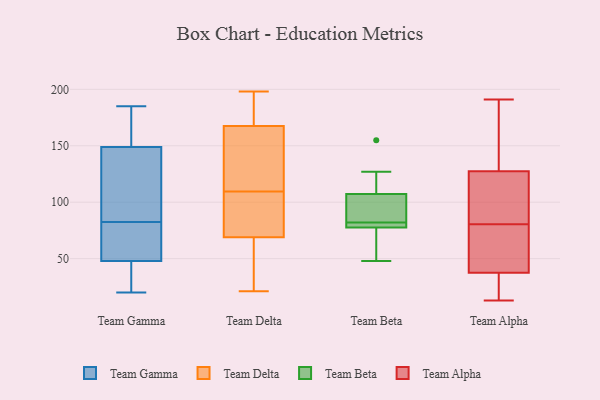
{"axis": {"x": "Gross Profit (USD K)", "y": "Value"}, "legend": ["Team Alpha", "Team Beta", "Team Delta", "Team Gamma"], "data": [{"x": "", "y": 86, "type": "Team Gamma"}, {"x": "", "y": 185, "type": "Team Gamma"}, {"x": "", "y": 53, "type": "Team Gamma"}, {"x": "", "y": 90, "type": "Team Gamma"}, {"x": "", "y": 25, "type": "Team Gamma"}, {"x": "", "y": 56, "type": "Team Gamma"}, {"x": "", "y": 152, "type": "Team Gamma"}, {"x": "", "y": 146, "type": "Team Gamma"}, {"x": "", "y": 79, "type": "Team Gamma"}, {"x": "", "y": 157, "type": "Team Gamma"}, {"x": "", "y": 20, "type": "Team Gamma"}, {"x": "", "y": 43, "type": "Team Gamma"}, {"x": "", "y": 56, "type": "Team Delta"}, {"x": "", "y": 94, "type": "Team Delta"}, {"x": "", "y": 54, "type": "Team Delta"}, {"x": "", "y": 82, "type": "Team Delta"}, {"x": "", "y": 145, "type": "Team Delta"}, {"x": "", "y": 171, "type": "Team Delta"}, {"x": "", "y": 42, "type": "Team Delta"}, {"x": "", "y": 94, "type": "Team Delta"}, {"x": "", "y": 102, "type": "Team Delta"}, {"x": "", "y": 187, "type": "Team Delta"}, {"x": "", "y": 21, "type": "Team Delta"}, {"x": "", "y": 165, "type": "Team Delta"}, {"x": "", "y": 196, "type": "Team Delta"}, {"x": "", "y": 150, "type": "Team Delta"}, {"x": "", "y": 31, "type": "Team Delta"}, {"x": "", "y": 198, "type": "Team Delta"}, {"x": "", "y": 117, "type": "Team Delta"}, {"x": "", "y": 124, "type": "Team Delta"}, {"x": "", "y": 170, "type": "Team Delta"}, {"x": "", "y": 93, "type": "Team Delta"}, {"x": "", "y": 155, "type": "Team Beta"}, {"x": "", "y": 82, "type": "Team Beta"}, {"x": "", "y": 108, "type": "Team Beta"}, {"x": "", "y": 127, "type": "Team Beta"}, {"x": "", "y": 56, "type": "Team Beta"}, {"x": "", "y": 82, "type": "Team Beta"}, {"x": "", "y": 105, "type": "Team Beta"}, {"x": "", "y": 85, "type": "Team Beta"}, {"x": "", "y": 48, "type": "Team Beta"}, {"x": "", "y": 76, "type": "Team Beta"}, {"x": "", "y": 82, "type": "Team Beta"}, {"x": "", "y": 85, "type": "Team Alpha"}, {"x": "", "y": 62, "type": "Team Alpha"}, {"x": "", "y": 163, "type": "Team Alpha"}, {"x": "", "y": 162, "type": "Team Alpha"}, {"x": "", "y": 123, "type": "Team Alpha"}, {"x": "", "y": 97, "type": "Team Alpha"}, {"x": "", "y": 191, "type": "Team Alpha"}, {"x": "", "y": 43, "type": "Team Alpha"}, {"x": "", "y": 87, "type": "Team Alpha"}, {"x": "", "y": 132, "type": "Team Alpha"}, {"x": "", "y": 51, "type": "Team Alpha"}, {"x": "", "y": 18, "type": "Team Alpha"}, {"x": "", "y": 76, "type": "Team Alpha"}, {"x": "", "y": 13, "type": "Team Alpha"}, {"x": "", "y": 17, "type": "Team Alpha"}, {"x": "", "y": 32, "type": "Team Alpha"}]}